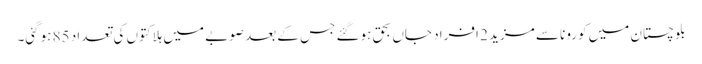
بلوچستان میں کورونا سے مزید 2 افراد جاں بحق ہوگئے جس کے بعد صوبے میں ہلاکتوں کی تعداد 85 ہوگئی۔